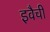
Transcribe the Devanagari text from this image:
इवैची